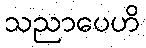
သညာပေဟိ